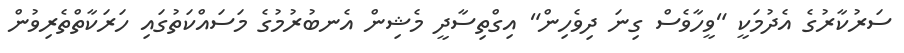
ސަރުކާރުގެ އެދުމަކީ "ވީހާވެސް ގިނަ ދިވެހިން" އިގްތިސާދީ މެޝިން އެނބުރުމުގެ މަސައްކަތުގައި ހަރަކާތްތެރިވުން